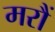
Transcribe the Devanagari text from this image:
मरौं